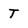
Character: T